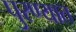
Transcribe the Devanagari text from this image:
पुरण्यात